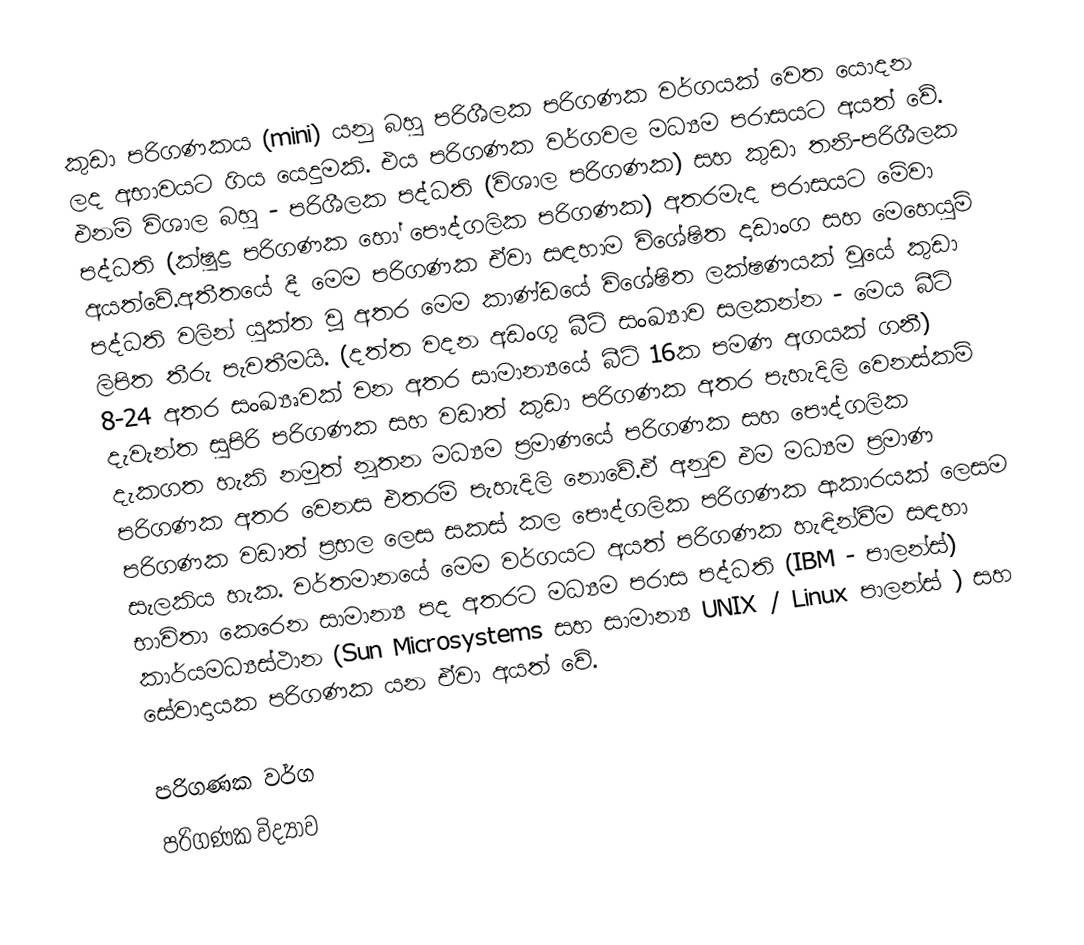
කුඩා පරිගණකය (mini) යනු බහු පරිශීලක පරිගණක වර්ගයක් වෙත යොදන ලද අභාවයට ගිය යෙදුමකි. එය පරිගණක වර්ගවල මධ්‍යම පරාසයට අයත් වේ. එනම් විශාල බහු - පරිශීලක පද්ධති (විශාල පරිගණක) සහ කුඩා තනි-පරිශීලක පද්ධති (ක්ෂුද්‍ර පරිගණක හෝ පෞද්ගලික පරිගණක) අතරමැද පරාසයට මේවා අයත්වේ.අතීතයේ දී මෙම පරිගණක ඒවා සඳහාම විශේෂිත දෘඩාංග සහ මෙහෙයුම් පද්ධති වලින් යුක්ත වූ අතර මෙම කාණ්ඩයේ විශේෂිත ලක්ෂණයක් වූයේ කුඩා ලිපිත තීරු පැවතීමයි. (දත්ත වදන අඩංගු බීට් සංඛ්‍යාව සලකන්න - මෙය බීට් 8-24 අතර සංඛ්‍යෘවක් වන අතර සාමාන්‍යයේ බීට් 16ක පමණ අගයක් ගනී) දැවැන්ත සුපිරි පරිගණක සහ වඩාත් කුඩා පරිගණක අතර පැහැදිලි වෙනස්කම් දැකගත හැකි නමුත් නූතන මධ්‍යම ප්‍රමාණයේ පරිගණක සහ පෞද්ගලික පරිගණක අතර වෙනස එතරම් පැහැදිලි නොවේ.ඒ අනුව එම මධ්‍යම ප්‍රමාණ පරිගණක වඩාත් ප්‍රභල ලෙස සකස් කල පෞද්ගලික පරිගණක ආකාරයක් ලෙසම සැලකිය හැක. වර්තමානයේ මෙම වර්ගයට අයත් පරිගණක හැඳින්වීම සඳහා භාවිතා කෙරෙන සාමාන්‍ය පද අතරට මධ්‍යම පරාස පද්ධති (IBM - පාලන්ස්) කාර්යමධ්‍යස්ථාන (Sun Microsystems සහ සාමාන්‍ය UNIX / Linux පාලන්ස් ) සහ සේවාදායක පරිගණක යන ඒවා අයත් වේ.

පරිගණක වර්ග
පරිගණක විද්‍යාව